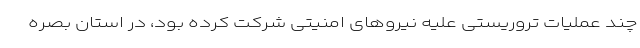
چند عملیات تروریستی علیه نیروهای امنیتی شرکت کرده بود، در استان بصره